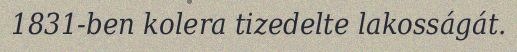
1831-ben kolera tizedelte lakosságát.